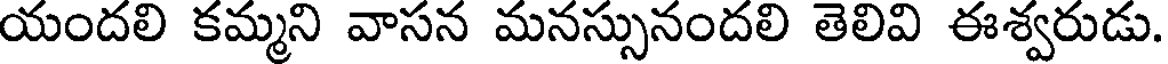
యందలి కమ్మని వాసన మనస్సునందలి తెలివి ఈశ్వరుడు.